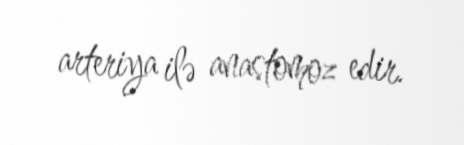
arteriya ilə anastomoz edir.